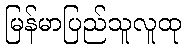
မြန်မာပြည်သူလူထု